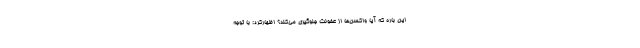
این باره که آیا واکسن‌ها از عفونت جلوگیری می‌کند؟ اظهارکرد: با توجه